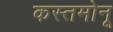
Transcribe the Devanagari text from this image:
कस्तमोनू